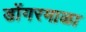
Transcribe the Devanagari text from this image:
डोंगरमाळा